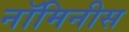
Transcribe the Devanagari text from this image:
नॉमिनीस